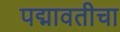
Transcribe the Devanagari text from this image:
पद्मावतीचा